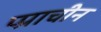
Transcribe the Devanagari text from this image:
प्प्राचीन